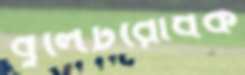
বুলেটরোধক